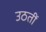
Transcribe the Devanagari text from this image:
उठतीं